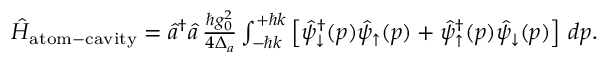
\begin{array} { r } { \hat { H } _ { \mathrm { a t o m - c a v i t y } } = \hat { a } ^ { \dagger } \hat { a } \, \frac { \hbar g _ { 0 } ^ { 2 } } { 4 \Delta _ { a } } \int _ { - \hbar k } ^ { + \hbar k } \left[ \hat { \psi } _ { \downarrow } ^ { \dagger } ( p ) \hat { \psi } _ { \uparrow } ( p ) + \hat { \psi } _ { \uparrow } ^ { \dagger } ( p ) \hat { \psi } _ { \downarrow } ( p ) \right] \, d p . } \end{array}